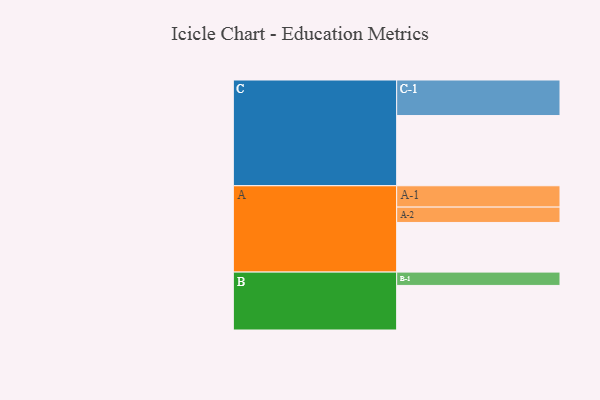
{"axis": {"x": "Segment", "y": "Value"}, "legend": ["", "A", "B", "C"], "data": [{"x": "A", "y": 391, "type": ""}, {"x": "B", "y": 351, "type": ""}, {"x": "C", "y": 553, "type": ""}, {"x": "A-1", "y": 168, "type": "A"}, {"x": "A-2", "y": 121, "type": "A"}, {"x": "B-1", "y": 105, "type": "B"}, {"x": "C-1", "y": 280, "type": "C"}]}